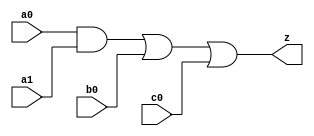
//#############################################################################
//# Function: And-Or (ao211) Gate                                             #
//#                                                                           #
//# Copyright: OH Project Authors. All rights Reserved.                       #
//# License:  MIT (see LICENSE file in OH repository)                         # 
//#############################################################################

module oh_ao211 #(parameter DW = 1 ) // array width
   (
    input [DW-1:0]  a0,
    input [DW-1:0]  a1,
    input [DW-1:0]  b0,
    input [DW-1:0]  c0, 
    output [DW-1:0] z
    );
   
   assign z = (a0 & a1) | b0 | c0;
   
endmodule